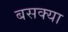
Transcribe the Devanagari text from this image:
बसक्या